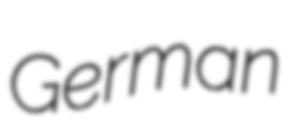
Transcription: German